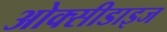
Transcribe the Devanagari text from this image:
ओक्सीडाइज